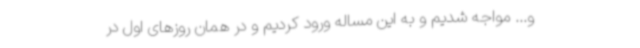
و... مواجه شدیم و به این مساله ورود کردیم و در همان روزهای اول در